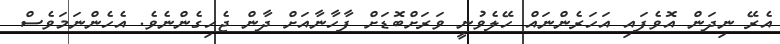
އެރޭ ނިދަން އޮވެފައި އަހަރެންނައް ހޭލެވުނީ ވަރަށްބޮޑަށްް ފާހާނާއަށް ދާން ޖެހިގެންނެވެ. އެހެންނަމަވެސް